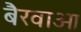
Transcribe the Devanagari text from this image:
बैरवाओ